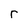
Character: r